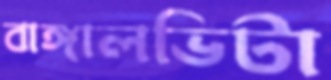
বাঙ্গালভিটা